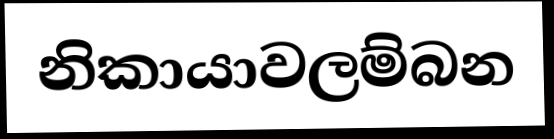
නිකායාවලම්බන